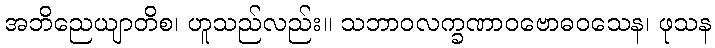
အဘိညေယျာတိစ၊ ဟူသည်လည်း။ သဘာဝလက္ခဏာဝဗောဓဝသေန၊ ဖုသန